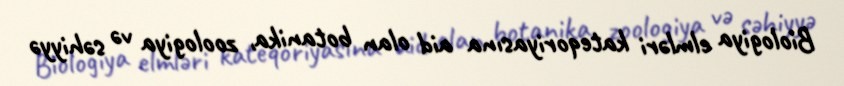
Biologiya elmləri kateqoriyasına aid olan botanika, zoologiya və səhiyyə